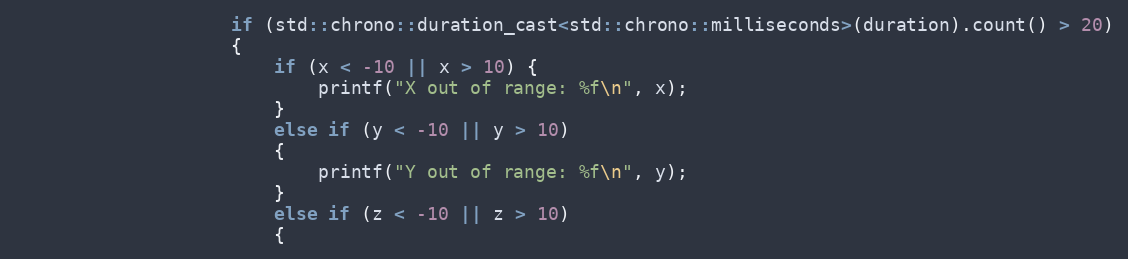
Language: C++
                    if (std::chrono::duration_cast<std::chrono::milliseconds>(duration).count() > 20)
                    {
                        if (x < -10 || x > 10) {
                            printf("X out of range: %f\n", x);
                        }
                        else if (y < -10 || y > 10)
                        {
                            printf("Y out of range: %f\n", y);
                        }
                        else if (z < -10 || z > 10)
                        {